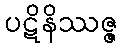
ပဋိနိဿဇ္ဇ